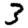
Digit: 3